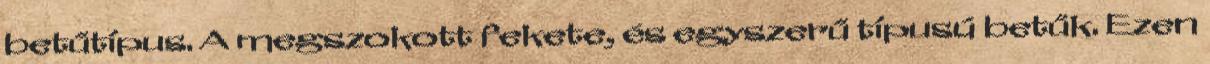
betűtípus. A megszokott fekete, és egyszerű típusú betűk. Ezen